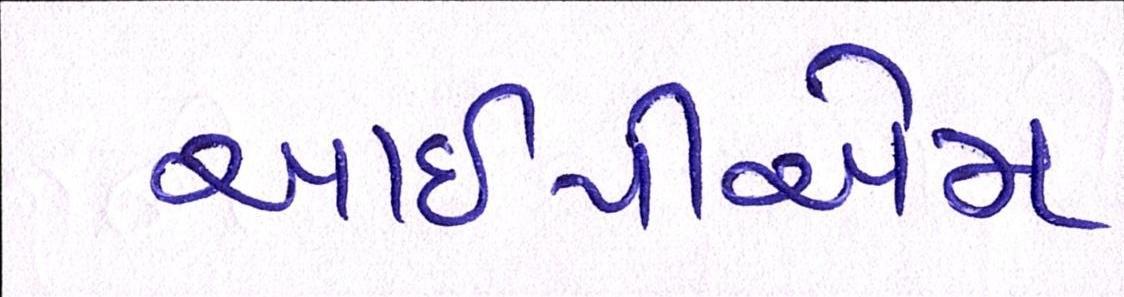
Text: આઇપીએમ